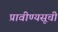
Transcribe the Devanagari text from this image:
प्रावीण्यसूची